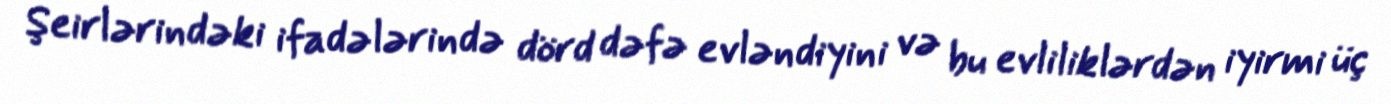
Şeirlərindəki ifadələrində dörd dəfə evləndiyini və bu evliliklərdən iyirmi üç